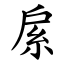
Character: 䋀